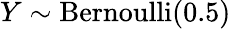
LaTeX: Y\sim{\textrm{Bernoulli}}(0.5)